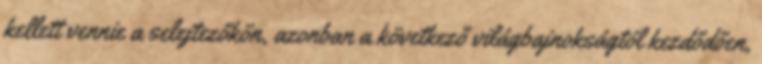
kellett vennie a selejtezőkön, azonban a következő világbajnokságtól kezdődően,